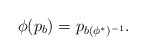
\begin{align*}\phi(p_b)=p_{b(\phi^*)^{-1}}.\end{align*}